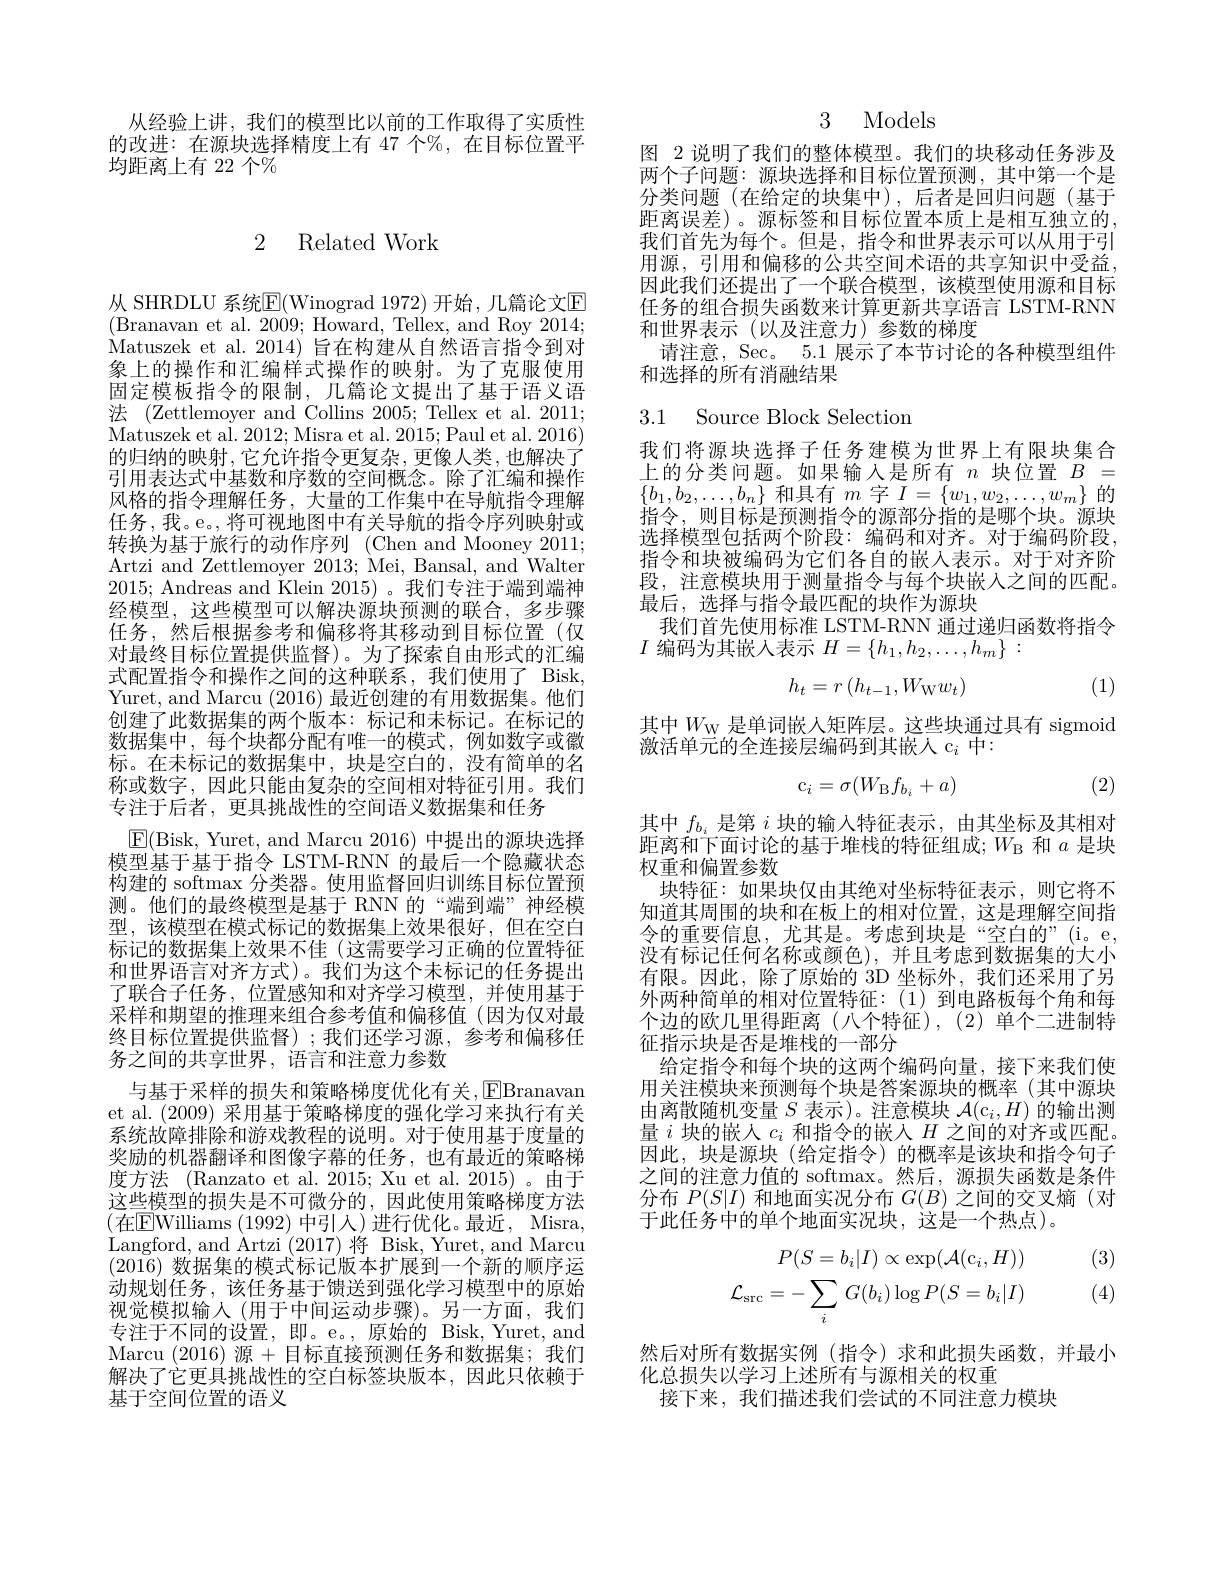
从经验上讲，我们的模型比以前的工作取得了实质性的改进：在源块选择精度上有 47 个%,在目标位置平均距离上有 22 个$\%$

# 2 Related Work

从 SHRDLU 系统$\mathbb{E}($Winograd 1972)开始，几篇论文$\mathbb{E}$ (Branavan et al. 2009; Howard, Tellex, and Roy 2014; Matuszek et al. 2014) 旨在构建从自然语言指令到对象上的操作和汇编样式操作的映射。为了克服使用固定模板指令的限制，几篇论文提出了基于语义语法 (Zettlemoyer and Collins 2005; Tellex et al. 2011; Matuszek et al. 2012; Misra et al. 2015; Paul et al. 2016) 的归纳的映射，它允许指令更复杂，更像人类，也解决了引用表达式中基数和序数的空间概念。除了汇编和操作风格的指令理解任务，大量的工作集中在导航指令理解任务，我。e。,将可视地图中有关导航的指令序列映射或转换为基于旅行的动作序列 (Chen and Mooney 2011; Artzi and Zettlemoyer 2013; Mei, Bansal, and Walter 2015; Andreas and Klein 2015)。我们专注于端到端神经模型，这些模型可以解决源块预测的联合，多步骤任务，然后根据参考和偏移将其移动到目标位置(仅对最终目标位置提供监督)。为了探索自由形式的汇编式配置指令和操作之间的这种联系，我们使用了 Bisk, Yuret, and Marcu (2016) 最近创建的有用数据集。他们创建了此数据集的两个版本：标记和未标记。在标记的数据集中，每个块都分配有唯一的模式，例如数字或徽标。在未标记的数据集中，块是空白的，没有简单的名称或数字，因此只能由复杂的空间相对特征引用。我们专注于后者，更具挑战性的空间语义数据集和任务
$\boxed{\mathrm{F}}($Bisk, Yuret, and Marcu 2016) 中提出的源块选择模型基于基于指令 LSTM-RNN 的最后一个隐藏状态构建的 softmax 分类器。使用监督回归训练目标位置预测。他们的最终模型是基于 RNN 的“端到端”神经模型，该模型在模式标记的数据集上效果很好，但在空白标记的数据集上效果不佳(这需要学习正确的位置特征和世界语言对齐方式)。我们为这个未标记的任务提出了联合子任务，位置感知和对齐学习模型，并使用基于采样和期望的推理来组合参考值和偏移值(因为仅对最终目标位置提供监督);我们还学习源，参考和偏移任务之间的共享世界，语言和注意力参数
与基于采样的损失和策略梯度优化有关，EBranavan et al. (2009) 采用基于策略梯度的强化学习来执行有关系统故障排除和游戏教程的说明。对于使用基于度量的奖励的机器翻译和图像字幕的任务，也有最近的策略梯度方法 (Ranzato et al. 2015; Xu et al. 2015)。由于这些模型的损失是不可微分的，因此使用策略梯度方法(在$\boxed{\mathrm{E}}$Williams (1992) 中引入)进行优化。最近，Misra, Langford, and Artzi (2017)将 Bisk, Yuret, and Marcu (2016)数据集的模式标记版本扩展到一个新的顺序运动规划任务，该任务基于馈送到强化学习模型中的原始视觉模拟输入 (用于中间运动步骤)。另一方面，我们专注于不同的设置，即。e。,原始的 Bisk,Yuret, and Marcu (2016)源+目标直接预测任务和数据集；我们解决了它更具挑战性的空白标签块版本，因此只依赖于基于空间位置的语义

3 Models

图 2 说明了我们的整体模型。我们的块移动任务涉及两个子问题：源块选择和目标位置预测，其中第一个是分类问题(在给定的块集中),后者是回归问题(基于距离误差)。源标签和目标位置本质上是相互独立的我们首先为每个。但是，指令和世界表示可以从用于引用源，引用和偏移的公共空间术语的共享知识中受益， 因此我们还提出了一个联合模型，该模型使用源和目标任务的组合损失函数来计算更新共享语言 LSTM-RNN 和世界表示(以及注意力)参数的梯度
请注意，$\sec$。5.1 展示了本节讨论的各种模型组件
和选择的所有消融结果

3.1 Source Block Selection

我们将源块选择子任务建模为世界上有限块集合上的分类问题。如果输入是所有$n$块位置$B=$ $\{b_1,b_2,\ldots,b_n\}$和具有$m$字$I=\{w_1,w_2,\ldots,w_m\}$的指令，则目标是预测指令的源部分指的是哪个块。源块选择模型包括两个阶段：编码和对齐。对于编码阶段， 指令和块被编码为它们各自的嵌入表示。对于对齐阶段，注意模块用于测量指令与每个块嵌人之间的匹配。最后，选择与指令最匹配的块作为源块
我们首先使用标准 LSTM-RNN 通过递归函数将指令
$I$编码为其嵌入表示$H=\{h_1,h_2,\ldots,h_m\}:$
$$h_t=r\left(h_{t-1},W_\mathrm{W}w_t\right)$$
(1)

其中$W_\mathrm{W}$是单词嵌人矩阵层。这些块通过具有 sigmoid
激活单元的全连接层编码到其嵌人 c$_i$中

(2)
$$\mathrm{c}_i=\sigma(W_\mathrm{B}f_{b_i}+a)$$
距离和下面讨论的基于堆栈的特征组成；$W_\mathrm{B}$和$a$是块
权重和偏置参数

其中$f_{b_i}$是第$i$块的输入特征表示，由其坐标及其相对
块特征：如果块仅由其绝对坐标特征表示，则它将不知道其周围的块和在板上的相对位置，这是理解空间指令的重要信息，尤其是。考虑到块是“空白的”(i。e, 没有标记任何名称或颜色),并且考虑到数据集的大小有限。因此，除了原始的 3D 坐标外，我们还采用了另外两种简单的相对位置特征：(1)到电路板每个角和每个边的欧几里得距离(八个特征),(2)单个二进制特征指示块是否是堆栈的一部分
给定指令和每个块的这两个编码向量，接下来我们使用关注模块来预测每个块是答案源块的概率(其中源块由离散随机变量$S$表示)。注意模块$\mathcal{A} ( \mathrm{c} _i, H)$的输出测$\begin{array}{l}\text{量 }i\end{array}$块的嵌人$c_i$和指令的嵌入$H$之间的对齐或匹配。因此，块是源块(给定指令)的概率是该块和指令句子之间的注意力值的 softmax。然后，源损失函数是条件分布$P(S|I)$和地面实况分布$G(B)$之间的交叉熵 (对于此任务中的单个地面实况块，这是一个热点)。

(3)
$$\begin{aligned}P(S=b_i|I)\propto\exp(\mathcal{A}(c_i,H))\\\mathcal{L}_{\mathrm{src}}=-\sum_iG(b_i)\log P(S=b_i|I)\end{aligned}$$
(4)

然后对所有数据实例(指令)求和此损失函数，并最小
化总损失以学习上述所有与源相关的权重
接下来，我们描述我们尝试的不同注意力模块